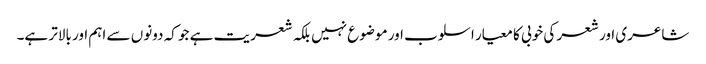
شاعری اور شعر کی خوبی کا معیار اسلوب اور موضوع نہیں بلکہ شعریت ہے جو کہ دونوں سے اہم اور بالاتر ہے۔